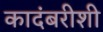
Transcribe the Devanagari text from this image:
कादंबरीशी